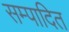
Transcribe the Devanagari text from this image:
सम्‍पादित